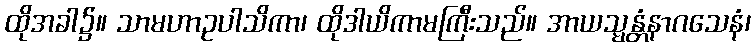
ထိုအခါ၌။ သာမဟာဥပါသိကာ၊ ထိုဒါယိကာမကြီးသည်။ အာယသ္မန္တံနာဂသေနံ၊